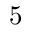
5